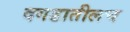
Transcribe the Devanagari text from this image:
दगडातीलच